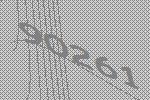
90261